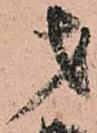
才